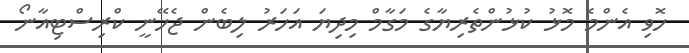
ހޮވި އެންމެ މޮޅު ކުޅުންތެރިޔާގެ މަގާމް މިދިޔަ އަހަރު ލިބެން ޖެހޭނީ ކްރިސްޓިއާނޯ